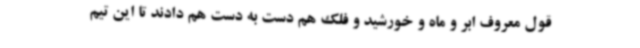
قول معروف ابر و ماه و خورشید و فلک هم دست به دست هم دادند تا این تیم